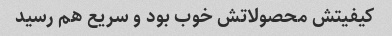
کیفیتش محصولاتش خوب بود و سریع هم رسید